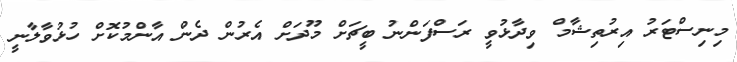
މިނިސްޓަރު އިރުތިޝާމް ވިދާޅުވީ ރަސްފަންނު ބީޗަށް މޫދަށް އެރުން ދެން އާންމުކޮށް ހުޅުވާލާނީ